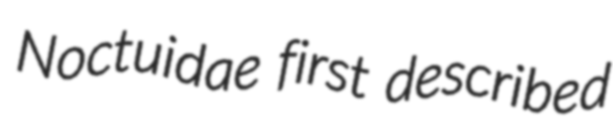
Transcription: Noctuidae first described